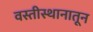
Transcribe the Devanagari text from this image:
वस्तीस्थानातून